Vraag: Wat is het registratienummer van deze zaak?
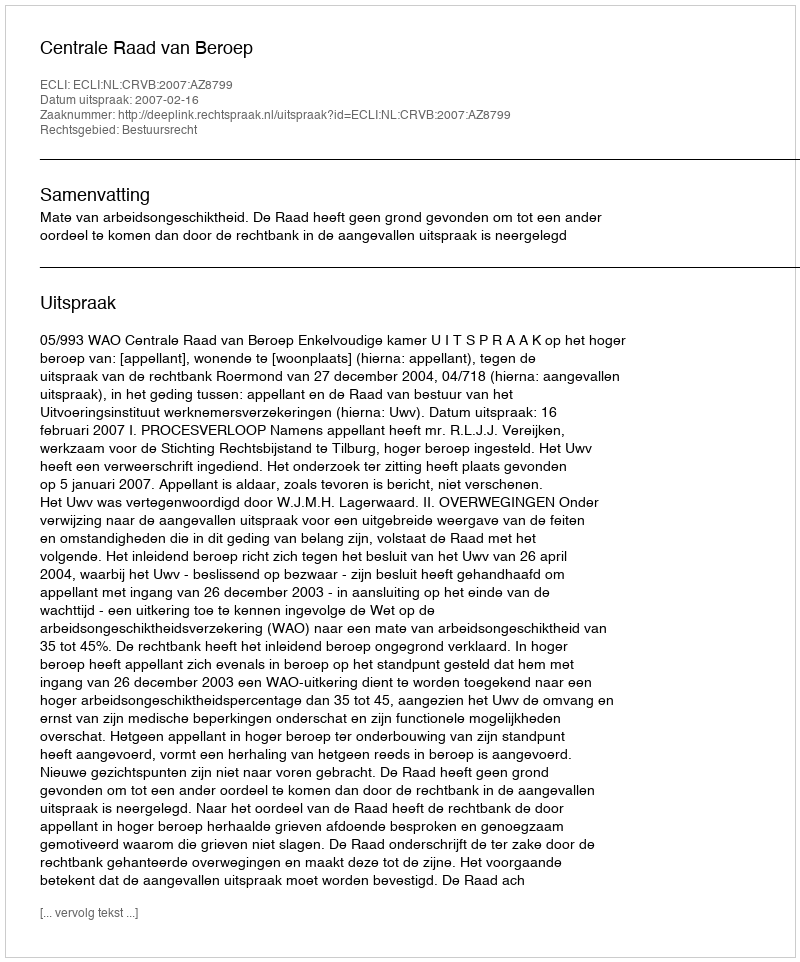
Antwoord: http://deeplink.rechtspraak.nl/uitspraak?id=ECLI:NL:CRVB:2007:AZ8799